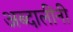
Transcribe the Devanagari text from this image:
अब्दालींनी